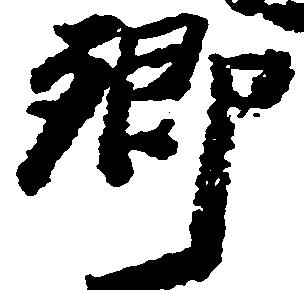
卿